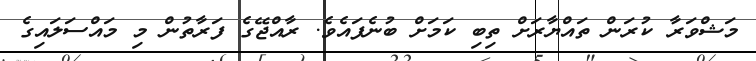
މަޝްވަރާ ކުރަން ތައްޔާރަށް ތިބި ކަމަށް ބުނެފައެވެ. ރާއްޖޭގެ ފަރާތުން މި މައްސަލައިގެ